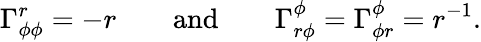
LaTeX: \Gamma_{\phi\phi}^{r}=-r\qquad\mathrm{and}\qquad\Gamma_{r\phi}^{\phi}=\Gamma_{\phi r}^{\phi}=r^{-1}.